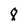
Character: 8